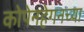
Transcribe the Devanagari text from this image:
कोपेनहेगनच्या